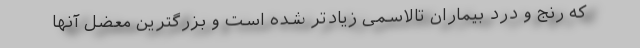
که رنج و درد بیماران تالاسمی زیادتر شده است و بزرگترین معضل آنها